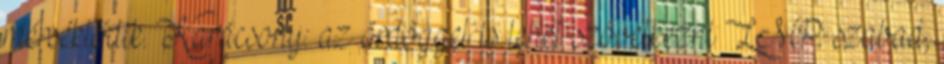
mérséklődik. Karácsony: az ördöggel is lehet szövetkezni LMP: szabad,